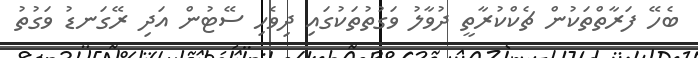
ބެހޭ ފަރާތްތަކުން ޗެކްކުރާތީ ދުވާލު ވަގުތުތަކުގައި ދިވެހި ސޭޓުން އަދި ރޭގަނޑު ވަގުތު